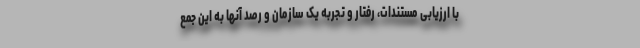
با ارزیابی مستندات، رفتار و تجربه یک سازمان و رصد آنها به این جمع